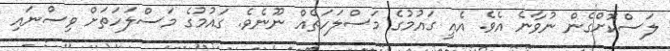
ލަސްކޮށްގެން ނުވާނެ އެވެ. އެއީ ގައުމުގެ މަސްލަހަތެއް ނޫނެވެ. ގައުމުގެ މަސްލަހަތަށް ވިސްނައި